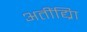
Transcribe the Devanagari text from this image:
अतींद्य्राि